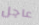
عاجل